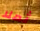
ثملا